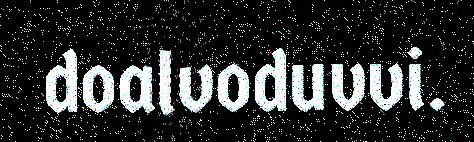
doalvoduvvi.